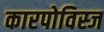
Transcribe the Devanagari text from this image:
कारपोविस्ज